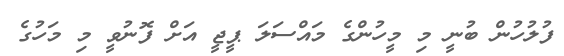
ފުލުހުން ބުނީ މި މީހުންގެ މައްސަލަ ޕީޖީ އަށް ފޮނުވީ މި މަހުގެ